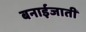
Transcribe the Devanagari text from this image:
बनाईजाती